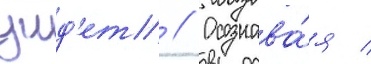
уид'ет // Осознава́я /